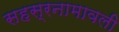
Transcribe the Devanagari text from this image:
सहस्रनामावली